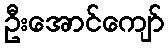
ဦးအောင်ကျော်